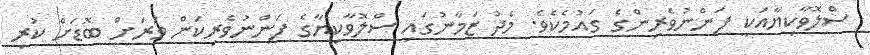
ސްލޮވާކިޔާއަކީ ފަންނުވެރިންގެ ގައުމެކެވެ. މެދު ޒަމާނުގައި ސްލޮވާކިޔާގެ ފަންނުވެރިކަން ވަރަށް ބޮޑަށް ކުރި